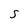
Character: S